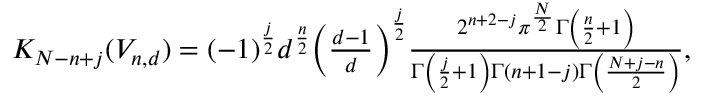
\begin{array} { r } { K _ { N - n + j } ( { V } _ { n , d } ) = ( - 1 ) ^ { \frac { j } { 2 } } d ^ { \frac { n } { 2 } } \biggl ( \frac { d - 1 } { d } \biggr ) ^ { \frac { j } { 2 } } \frac { 2 ^ { n + 2 - j } \pi ^ { \frac { N } { 2 } } \Gamma \left( \frac { n } { 2 } + 1 \right) } { \Gamma \left( \frac { j } { 2 } + 1 \right) \Gamma ( n + 1 - j ) \Gamma \left( \frac { N + j - n } { 2 } \right) } , } \end{array}